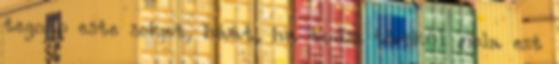
tegnap este sokat, háát, ha tudsz törökül mola ezt